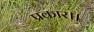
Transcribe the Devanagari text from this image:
प्रकार।।